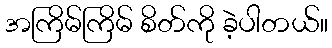
အကြိမ်ကြိမ် စိတ်ကို ခဲ့ပါတယ်။